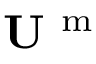
{ \bf U } ^ { \mathrm { ~ m ~ } }